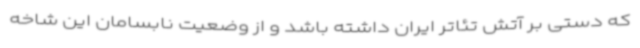
که دستی بر آتش تئاتر ایران داشته باشد و از وضعیت نابسامان این شاخه